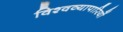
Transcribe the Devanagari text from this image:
विश्वव्यापारियों